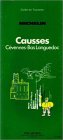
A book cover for Michelin Green Guide: Causses (French Edition); Travel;